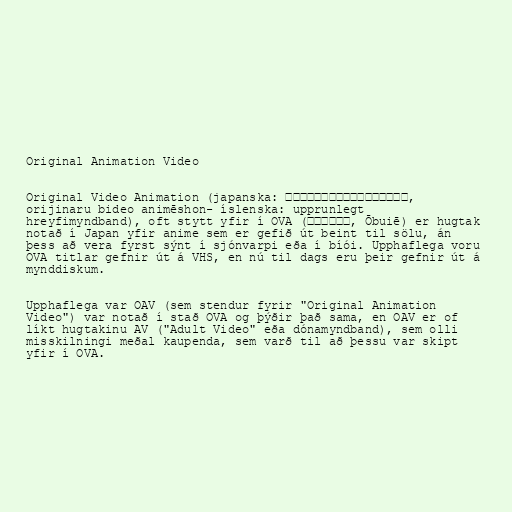
Original Animation Video

Original Video Animation (japanska: オリジナル・ビデオ・アニメーション,
orijinaru bideo animēshon- íslenska: upprunlegt
hreyfimyndband), oft stytt yfir í OVA (オーブイエー, Ōbuiē) er hugtak
notað í Japan yfir anime sem er gefið út beint til sölu, án
þess að vera fyrst sýnt í sjónvarpi eða í bíói. Upphaflega voru
OVA titlar gefnir út á VHS, en nú til dags eru þeir gefnir út á
mynddiskum.

Upphaflega var OAV (sem stendur fyrir "Original Animation
Video") var notað í stað OVA og þýðir það sama, en OAV er of
líkt hugtakinu AV ("Adult Video" eða dónamyndband), sem olli
misskilningi meðal kaupenda, sem varð til að þessu var skipt
yfir í OVA.